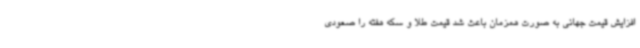
افزایش قیمت جهانی به صورت همزمان باعث شد قیمت طلا و سکه هفته را صعودی